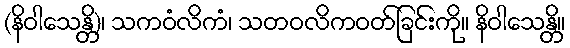
(နိဝါသေန္တိ)၊ သကဝံလိကံ၊ သတဝလိကဝတ်ခြင်းကို။ နိဝါသေန္တိ။